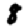
Digit: 8